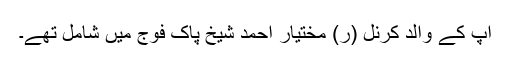
آپ کے والد کرنل (ر) مختیار احمد شیخ پاک فوج میں شامل تھے۔